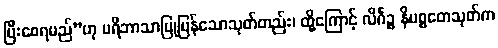
ပြီးစေရမည်”ဟု ပရိဘာသာပြုပြန်သောသုတ်တည်း၊ ထို့ကြောင့် လိင်္ဂဉ္စ နိပစ္စတေသုတ်က